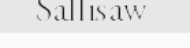
Sallisaw